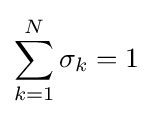
\sum _{k=1}^{N}\sigma _{k}=1